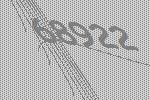
68922